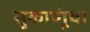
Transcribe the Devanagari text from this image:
सुकाणूंचा